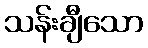
သန်းချီသော